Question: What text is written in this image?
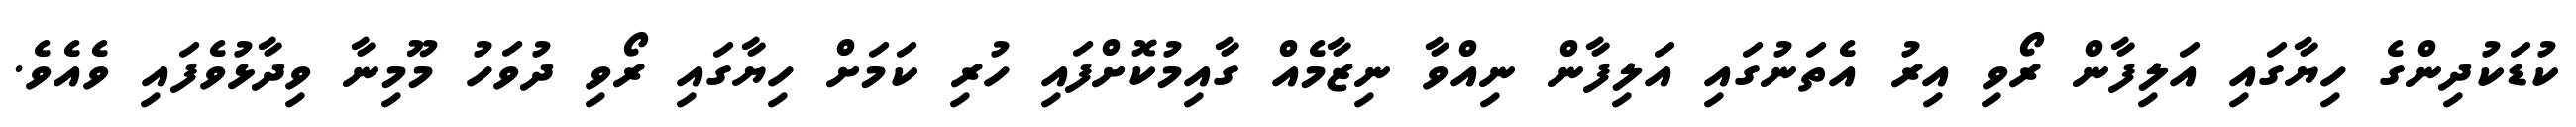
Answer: ކުޑަކުދިންގެ ހިޔާގައި އަލިފާން ރޯވި އިރު އެތަނުގައި އަލިފާން ނިއްވާ ނިޒާމެއް ގާއިމުކޮށްފައި ހުރި ކަމަށް ހިޔާގައި ރޯވި ދުވަހު މޫމިނާ ވިދާޅުވެފައި ވެއެވެ.